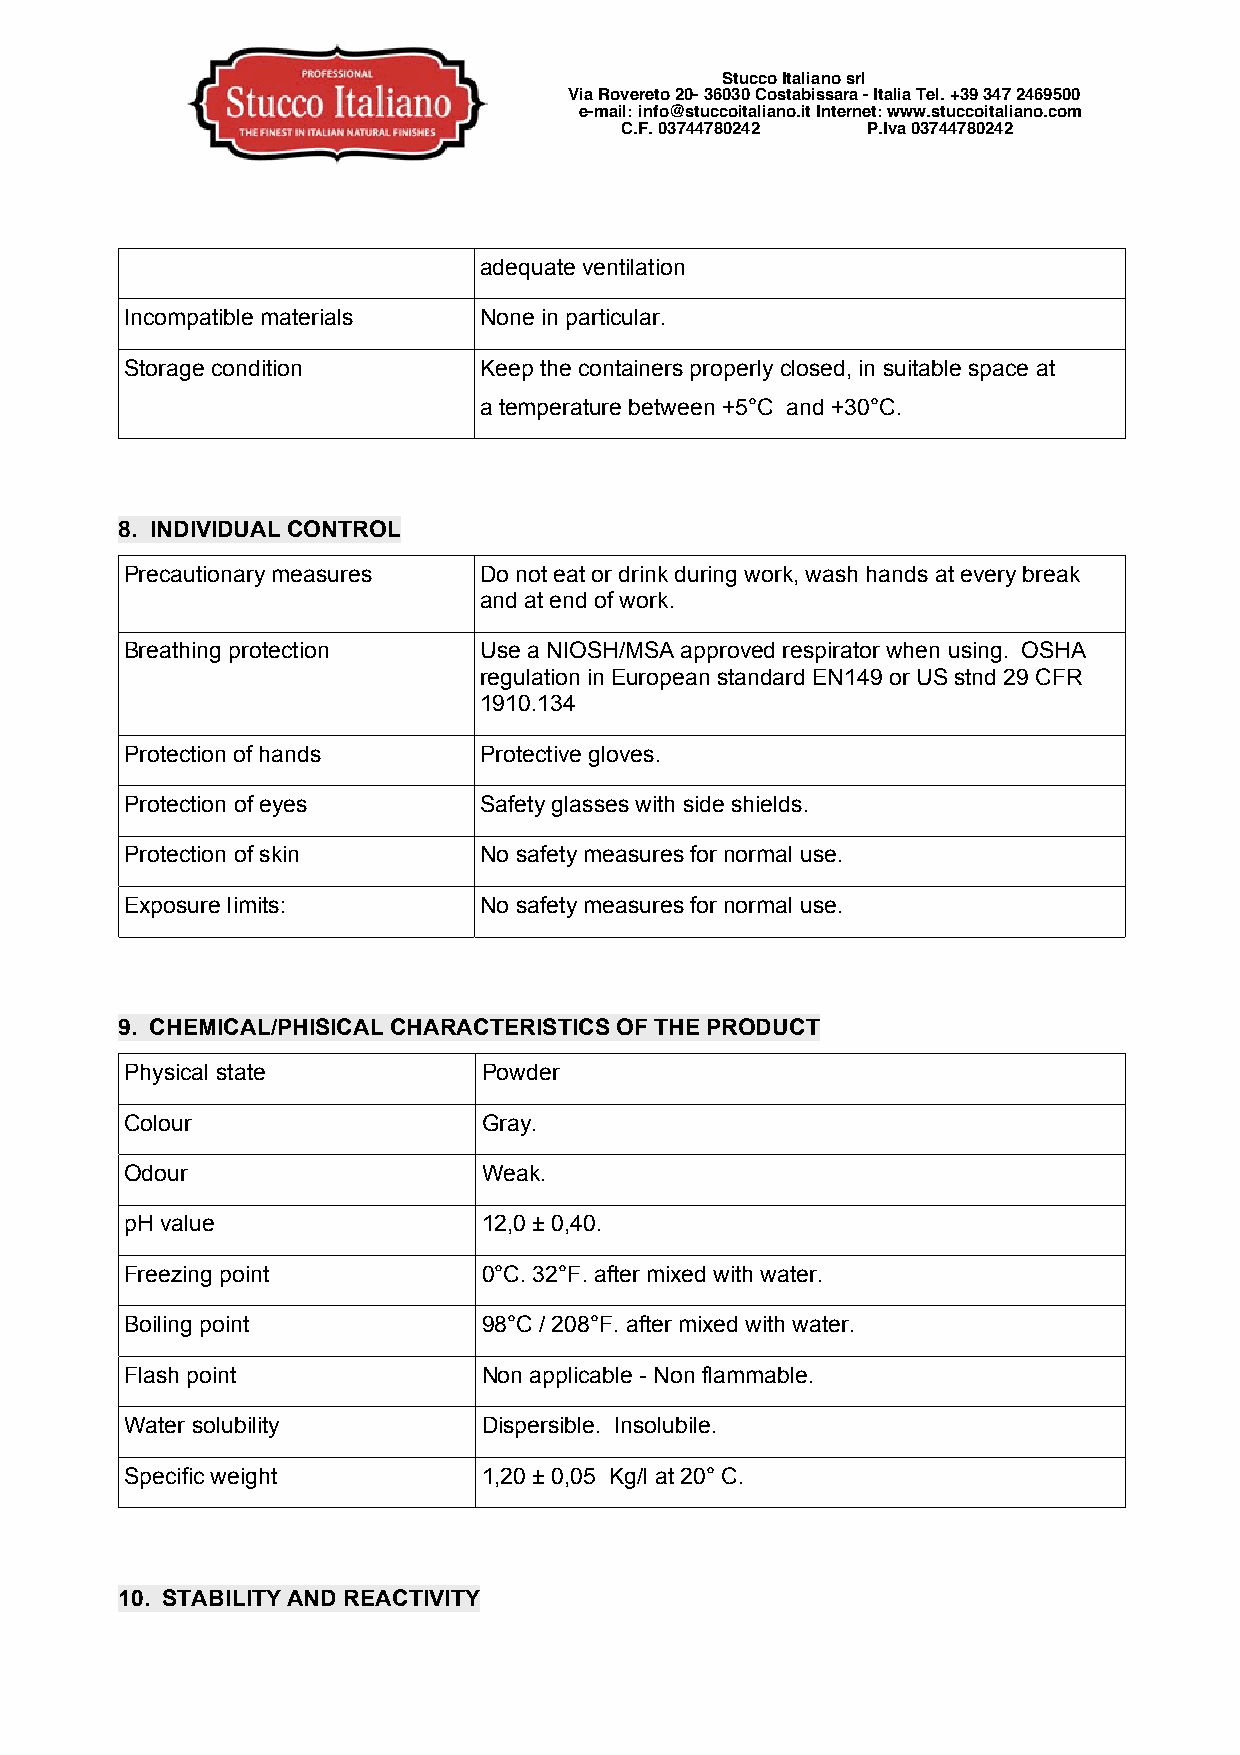
Stucco Italiano srl
 Via Rovereto 20- 36030 Costabissara - Italia Tel. +39 347 2469500
 e-mail: info@stuccoitaliano.it Internet: www.stuccoitaliano.com
 C.F. 03744780242 P.Iva 03744780242
 adequate ventilation
 Incompatible materials  None in particular.
 Storage condition       Keep the containers properly closed, in suitable space at
 a temperature between +5°C and +30°C.
 8. INDIVIDUAL CONTROL
 Precautionary measures  Do not eat or drink during work, wash hands at every break
 and at end of work.
 Breathing protection    Use a NIOSH/MSA approved respirator when using. OSHA
 regulation in European standard EN149 or US stnd 29 CFR
 1910.134
 Protection of hands     Protective gloves.
 Protection of eyes      Safety glasses with side shields.
 Protection of skin      No safety measures for normal use.
 Exposure limits:        No safety measures for normal use.
 9. CHEMICAL/PHISICAL CHARACTERISTICS OF THE PRODUCT
 Physical state          Powder
 Colour                  Gray.
 Odour                   Weak.
 pH value                12,0 ± 0,40.
 Freezing point          0°C. 32°F. after mixed with water.
 Boiling point           98°C / 208°F. after mixed with water.
 Flash point             Non applicable - Non flammable.
 Water solubility        Dispersible. Insolubile.
 Specific weight         1,20 ± 0,05 Kg/l at 20° C.
 10. STABILITY AND REACTIVITY